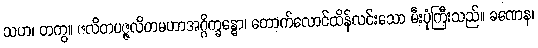
သဟ၊ တကွ။ ဇလိတပဇ္ဇလိတမဟာအဂ္ဂိက္ခန္ဓော၊ တောက်လောင်ထိန်လင်းသော မီးပုံကြီးသည်။ ခဏေန၊